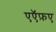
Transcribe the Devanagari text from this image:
एऍफ़ए